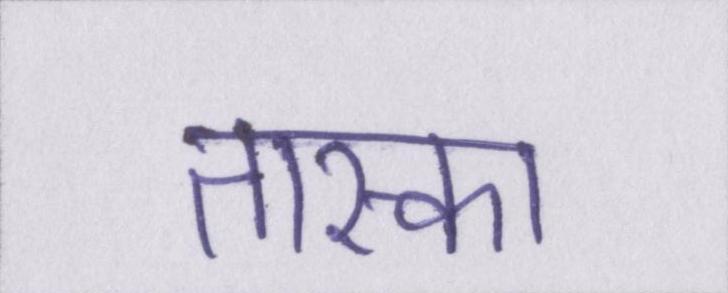
तास्का